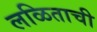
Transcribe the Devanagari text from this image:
लळिताची